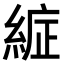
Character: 𮈞